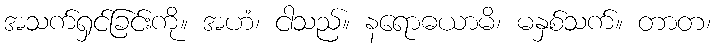
အသက်ရှင်ခြင်းကို။ အဟံ၊ ငါသည်။ နရောဓယာမိ၊ မနှစ်သက်။ တာတ၊